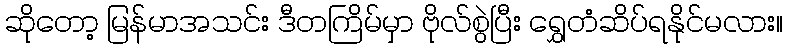
ဆိုတော့ မြန်မာအသင်း ဒီတကြိမ်မှာ ဗိုလ်စွဲပြီး ရွှေတံဆိပ်ရနိုင်မလား။